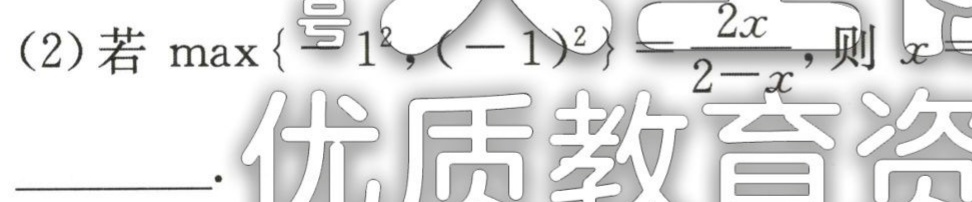
(2)若$\max\left\{1^{2},(-1)^{2}\right\}=\frac{2x}{2 - x}$,则$x =$____.